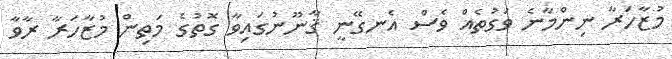
މުޒާހަރާ ނިންމާނެ ވަގުތެއް ވެސް އެނގޭނީ ޤާނޫނުގައިވާ ގޮތުގެ މަތިން މުޒާހަރާ ރާވާ